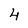
Character: 4